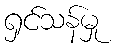
ရှင်သန်မှု